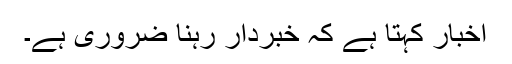
اخبار کہتا ہے کہ خبردار رہنا ضروری ہے۔